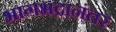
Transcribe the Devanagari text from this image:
भागभद्रानंतर